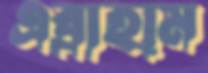
এব্রাহাম